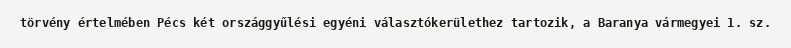
törvény értelmében Pécs két országgyűlési egyéni választókerülethez tartozik, a Baranya vármegyei 1. sz.